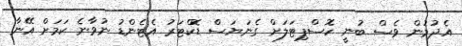
އެދުމުން ވެސް ބުނީ ހޮސްޕިޓަލަށް ގެނަޔަސް ޑޮކްޓަރު އެޓެންޑު ނުވާނެ ކަމަށް އޭނާ